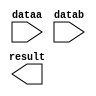
// megafunction wizard: %LPM_ADD_SUB%VBB%
// GENERATION: STANDARD
// VERSION: WM1.0
// MODULE: LPM_ADD_SUB 

// ============================================================
// Megafunction Name(s):
// 			LPM_ADD_SUB
//
// Simulation Library Files(s):
// 			lpm
// ============================================================
// ************************************************************
// THIS IS A WIZARD-GENERATED FILE. DO NOT EDIT THIS FILE!
//
// 17.1.0 Build 590 10/25/2017 SJ Lite Edition
// ************************************************************

//Copyright (C) 2017  Intel Corporation. All rights reserved.
//Your use of Intel Corporation's design tools, logic functions 
//and other software and tools, and its AMPP partner logic 
//functions, and any output files from any of the foregoing 
//(including device programming or simulation files), and any 
//associated documentation or information are expressly subject 
//to the terms and conditions of the Intel Program License 
//Subscription Agreement, the Intel Quartus Prime License Agreement,
//the Intel FPGA IP License Agreement, or other applicable license
//agreement, including, without limitation, that your use is for
//the sole purpose of programming logic devices manufactured by
//Intel and sold by Intel or its authorized distributors.  Please
//refer to the applicable agreement for further details.

module add (
	dataa,
	datab,
	result);

	input	[14:0]  dataa;
	input	[14:0]  datab;
	output	[14:0]  result;

endmodule

// ============================================================
// CNX file retrieval info
// ============================================================
// Retrieval info: PRIVATE: CarryIn NUMERIC "0"
// Retrieval info: PRIVATE: CarryOut NUMERIC "0"
// Retrieval info: PRIVATE: ConstantA NUMERIC "0"
// Retrieval info: PRIVATE: ConstantB NUMERIC "0"
// Retrieval info: PRIVATE: Function NUMERIC "0"
// Retrieval info: PRIVATE: INTENDED_DEVICE_FAMILY STRING "Cyclone V"
// Retrieval info: PRIVATE: LPM_PIPELINE NUMERIC "0"
// Retrieval info: PRIVATE: Latency NUMERIC "0"
// Retrieval info: PRIVATE: Overflow NUMERIC "0"
// Retrieval info: PRIVATE: RadixA NUMERIC "10"
// Retrieval info: PRIVATE: RadixB NUMERIC "10"
// Retrieval info: PRIVATE: Representation NUMERIC "0"
// Retrieval info: PRIVATE: SYNTH_WRAPPER_GEN_POSTFIX STRING "0"
// Retrieval info: PRIVATE: ValidCtA NUMERIC "0"
// Retrieval info: PRIVATE: ValidCtB NUMERIC "0"
// Retrieval info: PRIVATE: WhichConstant NUMERIC "0"
// Retrieval info: PRIVATE: aclr NUMERIC "0"
// Retrieval info: PRIVATE: clken NUMERIC "0"
// Retrieval info: PRIVATE: nBit NUMERIC "15"
// Retrieval info: PRIVATE: new_diagram STRING "1"
// Retrieval info: LIBRARY: lpm lpm.lpm_components.all
// Retrieval info: CONSTANT: LPM_DIRECTION STRING "ADD"
// Retrieval info: CONSTANT: LPM_HINT STRING "ONE_INPUT_IS_CONSTANT=NO,CIN_USED=NO"
// Retrieval info: CONSTANT: LPM_REPRESENTATION STRING "SIGNED"
// Retrieval info: CONSTANT: LPM_TYPE STRING "LPM_ADD_SUB"
// Retrieval info: CONSTANT: LPM_WIDTH NUMERIC "15"
// Retrieval info: USED_PORT: dataa 0 0 15 0 INPUT NODEFVAL "dataa[14..0]"
// Retrieval info: USED_PORT: datab 0 0 15 0 INPUT NODEFVAL "datab[14..0]"
// Retrieval info: USED_PORT: result 0 0 15 0 OUTPUT NODEFVAL "result[14..0]"
// Retrieval info: CONNECT: @dataa 0 0 15 0 dataa 0 0 15 0
// Retrieval info: CONNECT: @datab 0 0 15 0 datab 0 0 15 0
// Retrieval info: CONNECT: result 0 0 15 0 @result 0 0 15 0
// Retrieval info: GEN_FILE: TYPE_NORMAL add.v TRUE
// Retrieval info: GEN_FILE: TYPE_NORMAL add.inc TRUE
// Retrieval info: GEN_FILE: TYPE_NORMAL add.cmp TRUE
// Retrieval info: GEN_FILE: TYPE_NORMAL add.bsf TRUE
// Retrieval info: GEN_FILE: TYPE_NORMAL add_inst.v TRUE
// Retrieval info: GEN_FILE: TYPE_NORMAL add_bb.v TRUE
// Retrieval info: LIB_FILE: lpm